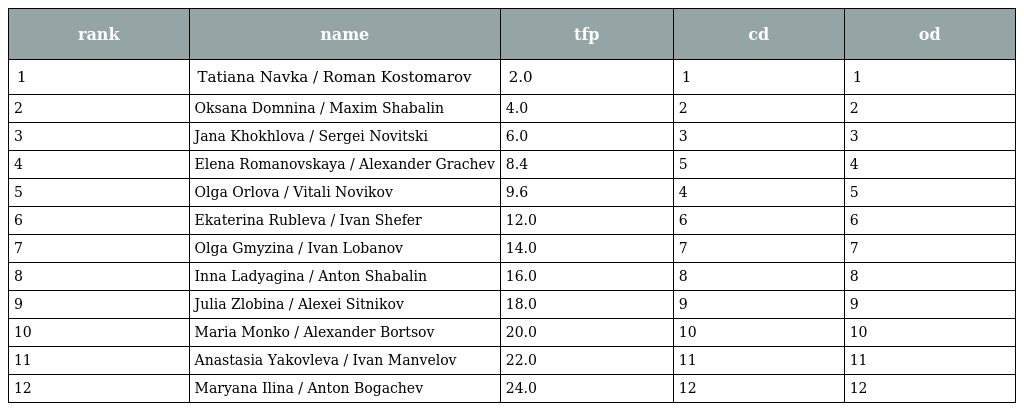
| rank | name | tfp | cd | od |
 | --- | --- | --- | --- | --- |
 | 1 | Tatiana Navka / Roman Kostomarov | 2.0 | 1 | 1 |
 | 2 | Oksana Domnina / Maxim Shabalin | 4.0 | 2 | 2 |
 | 3 | Jana Khokhlova / Sergei Novitski | 6.0 | 3 | 3 |
 | 4 | Elena Romanovskaya / Alexander Grachev | 8.4 | 5 | 4 |
 | 5 | Olga Orlova / Vitali Novikov | 9.6 | 4 | 5 |
 | 6 | Ekaterina Rubleva / Ivan Shefer | 12.0 | 6 | 6 |
 | 7 | Olga Gmyzina / Ivan Lobanov | 14.0 | 7 | 7 |
 | 8 | Inna Ladyagina / Anton Shabalin | 16.0 | 8 | 8 |
 | 9 | Julia Zlobina / Alexei Sitnikov | 18.0 | 9 | 9 |
 | 10 | Maria Monko / Alexander Bortsov | 20.0 | 10 | 10 |
 | 11 | Anastasia Yakovleva / Ivan Manvelov | 22.0 | 11 | 11 |
 | 12 | Maryana Ilina / Anton Bogachev | 24.0 | 12 | 12 |